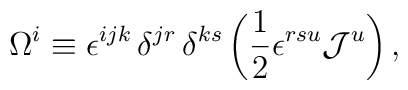
\Omega^{i}\equiv\epsilon^{ijk}\,\delta^{jr}\,\delta^{ks}\left(\frac{1}{2}\epsilon^{rsu}{\cal J}^u\right),